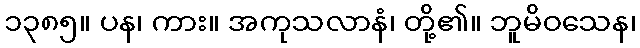
၁၃၈၅။ ပန၊ ကား။ အကုသလာနံ၊ တို့၏။ ဘူမိဝသေန၊